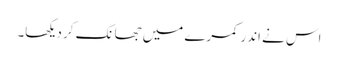
اس نے اندر کمرے میں جھانک کر دیکھا۔